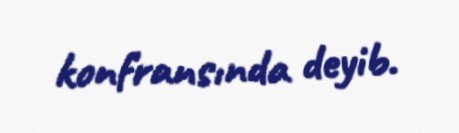
konfransında deyib.